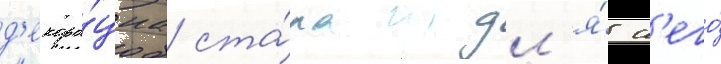
д'екора́циа ста́ла дл'я́ н'его́